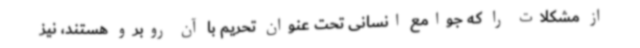
از مشکلات را که جوامع انسانی تحت عنوان تحریم با آن روبرو هستند، نیز